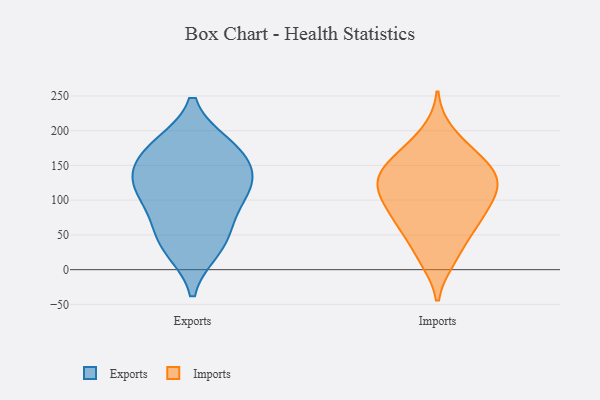
{"axis": {"x": "Page Views", "y": "Value"}, "legend": ["Exports", "Imports"], "data": [{"x": "", "y": 125, "type": "Exports"}, {"x": "", "y": 37, "type": "Exports"}, {"x": "", "y": 31, "type": "Exports"}, {"x": "", "y": 92, "type": "Exports"}, {"x": "", "y": 129, "type": "Exports"}, {"x": "", "y": 111, "type": "Exports"}, {"x": "", "y": 61, "type": "Exports"}, {"x": "", "y": 136, "type": "Exports"}, {"x": "", "y": 174, "type": "Exports"}, {"x": "", "y": 178, "type": "Exports"}, {"x": "", "y": 170, "type": "Exports"}, {"x": "", "y": 112, "type": "Imports"}, {"x": "", "y": 163, "type": "Imports"}, {"x": "", "y": 142, "type": "Imports"}, {"x": "", "y": 121, "type": "Imports"}, {"x": "", "y": 18, "type": "Imports"}, {"x": "", "y": 143, "type": "Imports"}, {"x": "", "y": 74, "type": "Imports"}, {"x": "", "y": 69, "type": "Imports"}, {"x": "", "y": 90, "type": "Imports"}, {"x": "", "y": 126, "type": "Imports"}, {"x": "", "y": 197, "type": "Imports"}, {"x": "", "y": 157, "type": "Imports"}, {"x": "", "y": 172, "type": "Imports"}, {"x": "", "y": 97, "type": "Imports"}, {"x": "", "y": 120, "type": "Imports"}, {"x": "", "y": 15, "type": "Imports"}, {"x": "", "y": 65, "type": "Imports"}, {"x": "", "y": 51, "type": "Imports"}, {"x": "", "y": 125, "type": "Imports"}]}